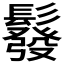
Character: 𩯌